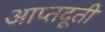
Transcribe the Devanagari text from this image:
आप्तदूती